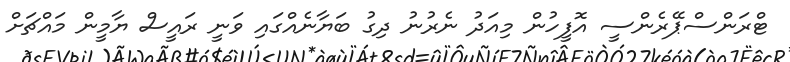
ޓްރަންސްޕޭރެންސީ އޮފީހުން މިއަދު ނެރުނު ދިގު ބަޔާނެއްގައި ވަނީ ރައީސް ޔާމީން މައްޗަށް